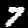
Label: 7